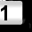
Digit: 1